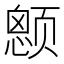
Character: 𱂶